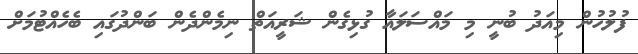
ފުލުހުން މިއަދު ބުނީ މި މައްސަލައާ ގުޅިގެން ޝަރީއަތް ނިމެންދެން ބަންދުގައި ބެހެއްޓުމަށް